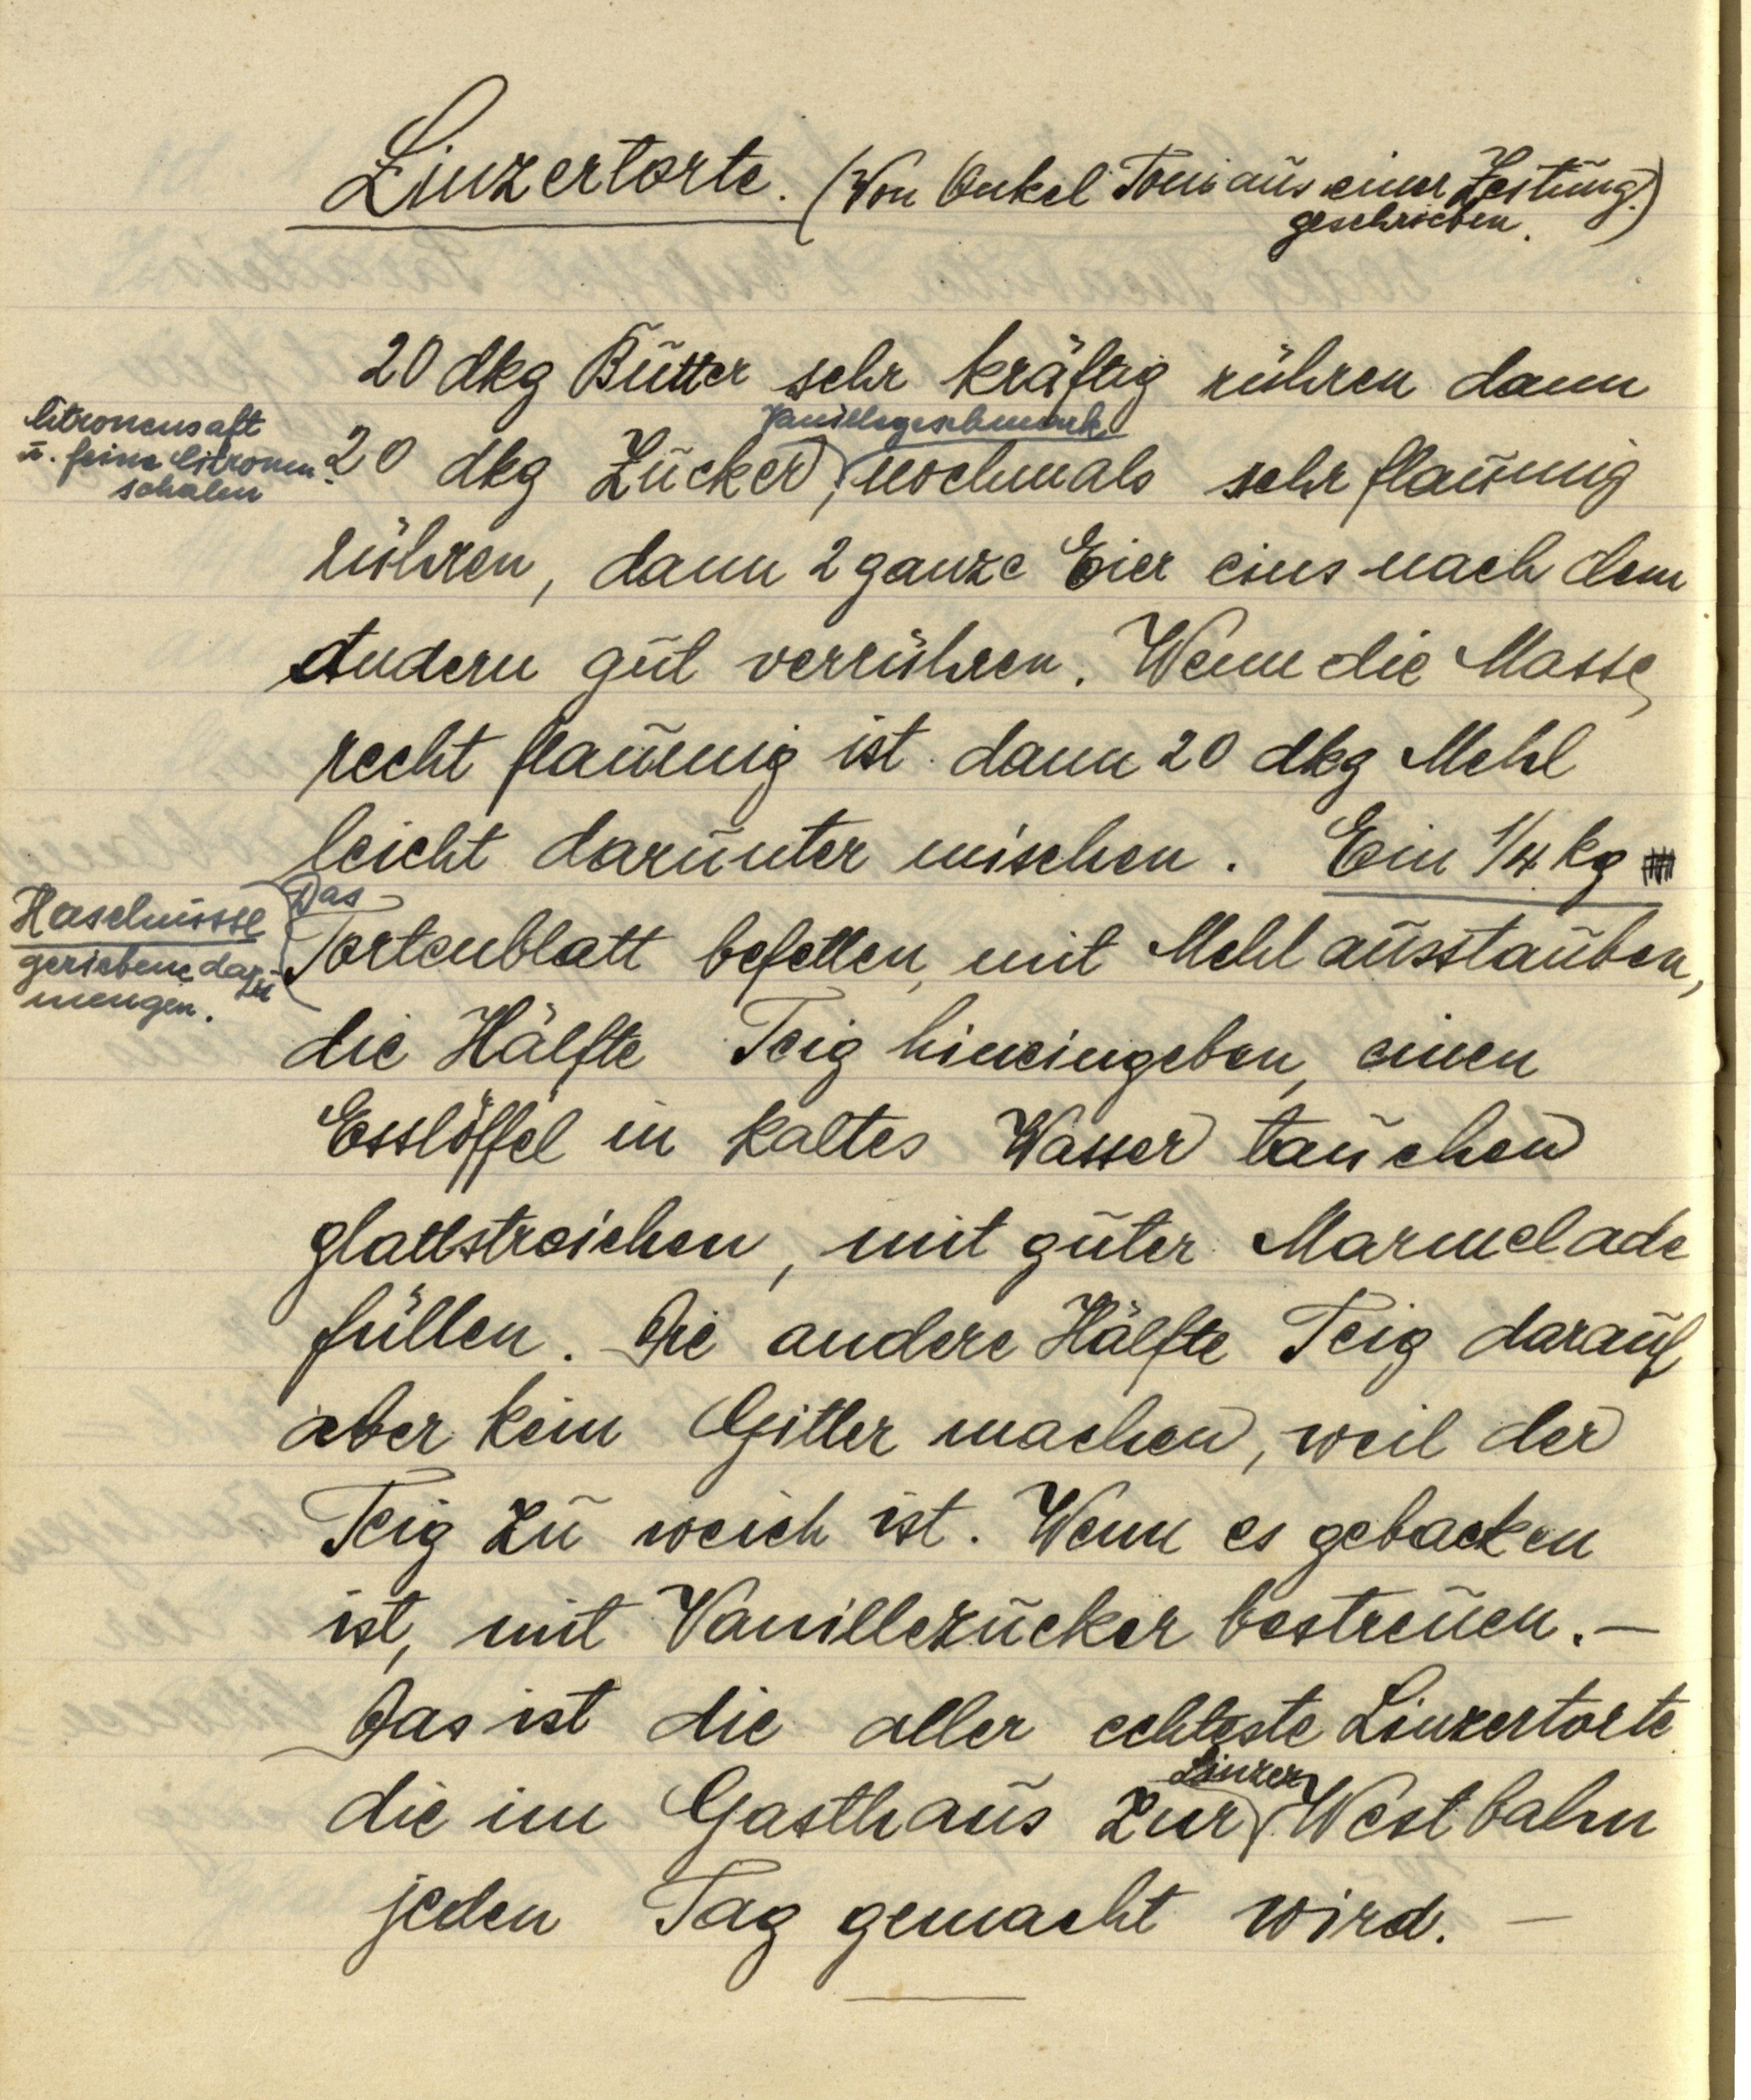
Linzertorte. (Von Onkel Toni aus einer Zeitung.
geschrieben.)

20 dkg Butter sehr kräftig rühren dann
20 dkg Zucker Vanillegeschmack, nochmals sehr flaumig
rühren, dann 2 ganze Eier eins nach dem
andern gut verrühren. Wenn die Masse
recht flaumig ist dann 20 dkg Mehl
leicht darunter mischen. Ein ¼ kg
Das Tortenblatt befetten, mit Mehl ausstauben,
die Hälfte Teig hineingeben, einen
Esslöffel in kaltes Wasser tauchen
glattstreichen, mit guter Marmelade
füllen. Die andere Hälfte Teig darauf
aber kein Gitter machen, weil der
Teig zu weich ist. Wenn es gebacken
ist, mit Vanillezucker bestreuen. —
Das ist die aller echteste Linzertorte
die im Gasthaus zur Linzer Westbahn
jeden Tag gemacht wird. —

Citronensaft
u. feine Citronen¬
schalen

Haselnüsse
geriebene dazu
mengen.